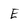
Character: E